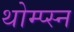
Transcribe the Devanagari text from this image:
थोम्प्स्न